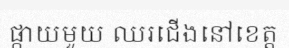
ផ្កាយមួយ ឈរជើងនៅខេត្ត